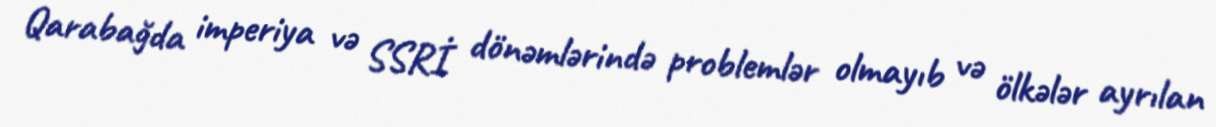
Qarabağda imperiya və SSRİ dönəmlərində problemlər olmayıb və ölkələr ayrılan